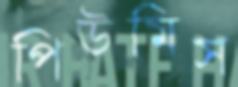
পিউমিস